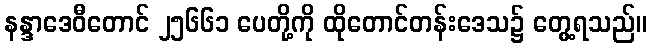
နန္ဒာဒေဝီတောင် ၂၅၆၆၁ ပေတို့ကို ထိုတောင်တန်းဒေသ၌ တွေ့ရသည်။